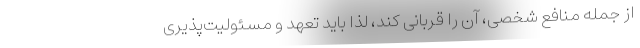
از جمله منافع شخصی، آن را قربانی کند، لذا باید تعهد و مسئولیت‌پذیری